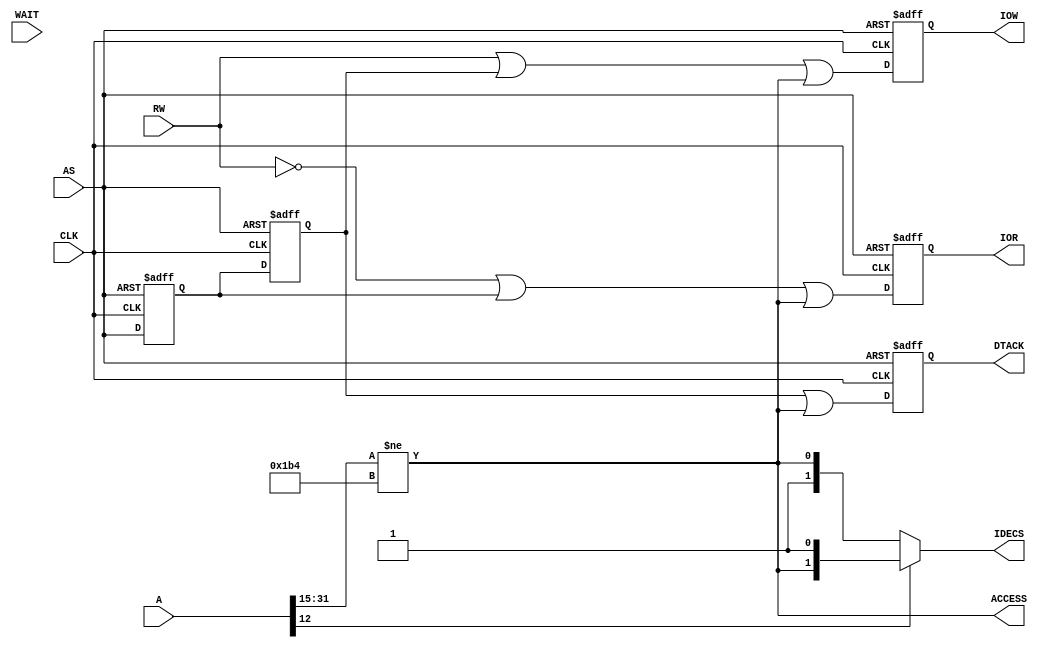
`timescale 1ns / 1ps
/*
    Copyright (C) 2016-2017, Stephen J. Leary
    All rights reserved.
    
    This file is part of  TF530 (Terrible Fire 030 Accelerator).

    TF530 is free software: you can redistribute it and/or modify
    it under the terms of the GNU General Public License as published by
    the Free Software Foundation, either version 3 of the License, or
    (at your option) any later version.

    TF530 is distributed in the hope that it will be useful,
    but WITHOUT ANY WARRANTY; without even the implied warranty of
    MERCHANTABILITY or FITNESS FOR A PARTICULAR PURPOSE.  See the
    GNU General Public License for more details.

    You should have received a copy of the GNU General Public License
    along with TF530. If not, see <http://www.gnu.org/licenses/>.
*/

module ata (
           input         CLK,
           input         AS,
           input         RW,
           input [31:0] A,
           input        WAIT,

           output [1:0] IDECS,
           output        IOR,
           output        IOW,
           output   DTACK,
           output        ACCESS

       );

/* Timing Diagram
                 S0 S1 S2 S3 S4 S5  W  W S6 S7
     __    __    __    __    __    __    __    __    __    __    __    __   
CLK |  |__|  |__|  |__|  |__|  |__|  |__|  |__|  |__|  |__|  |__|  |__|  |__
     _________________                         _____________________________
AS                    \\\_____________________/
    _______________                            _____________________________
CS                 \__________________________/
    ______________________                     _____________________________
IOR                       \___________________/
    _____________________________        ___________________________________
IOW                              \______/
    _____________________________        ___________________________________
DTACK                            \______/     
    _________________________       ________________________________________
WAIT                         \_____/
        
*/

// decode directly from AS and Address Bus.
wire GAYLE_IDE = ({A[31:15]} != {16'h00DA,1'b0});

reg ASDLY = 1'b1;
reg ASDLY2 = 1'b1;
reg DTACK_INT = 1'b1;

reg IOR_INT = 1'b1;
reg IOW_INT = 1'b1;

always @(posedge CLK or posedge AS) begin

    if (AS == 1'b1) begin

        ASDLY <= 1'b1;
        ASDLY2 <= 1'b1;

    end else begin

        ASDLY <= AS;
        ASDLY2 <= ASDLY;

    end

end

always @(negedge CLK or posedge AS) begin

    if (AS == 1'b1) begin

        IOR_INT <= 1'b1;
        IOW_INT <= 1'b1;
        DTACK_INT <= 1'b1;

    end else begin

        IOR_INT <= ~RW | ASDLY | GAYLE_IDE;
        IOW_INT <=  RW | ASDLY2 | GAYLE_IDE;
        DTACK_INT <=  ASDLY2 | GAYLE_IDE;

    end

end

assign IOR = IOR_INT;
assign IOW = IOW_INT ;
assign DTACK = DTACK_INT;

assign IDECS = A[12] ? {GAYLE_IDE, 1'b1} : {1'b1, GAYLE_IDE};
assign ACCESS = GAYLE_IDE;


endmodule